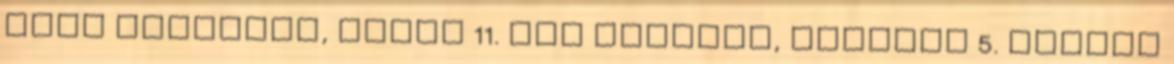
Jenő Bátaszék, május 11. Los Angeles, április 5. magyar